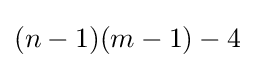
(n-1)(m-1)-4